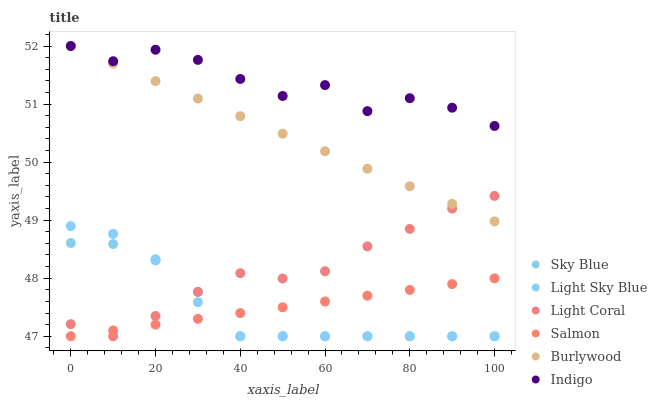
| xaxis_label | Sky Blue | Light Sky Blue | Light Coral | Salmon | Burlywood | Indigo |
 | --- | --- | --- | --- | --- | --- | --- |
 | 0 | 48.6 | 48.9 | 47.2 | 47 | 52 | 52 |
 | 10 | 48.6 | 48.8 | 47 | 47.1 | 51.7 | 51.7 |
 | 20 | 48.3 | 48.3 | 47.3 | 47.2 | 51.4 | 51.9 |
 | 30 | 47.8 | 47.6 | 47.8 | 47.3 | 51.1 | 51.8 |
 | 40 | 47 | 47 | 48.1 | 47.4 | 50.8 | 51.4 |
 | 50 | 47 | 47 | 48 | 47.5 | 50.5 | 51.1 |
 | 60 | 47 | 47 | 48.1 | 47.6 | 50.2 | 51.3 |
 | 70 | 47 | 47 | 48.5 | 47.7 | 49.9 | 50.9 |
 | 80 | 47 | 47 | 48.8 | 47.8 | 49.6 | 51.1 |
 | 90 | 47 | 47 | 49.2 | 47.9 | 49.3 | 50.9 |
 | 100 | 47 | 47 | 49.4 | 48 | 49 | 50.6 |